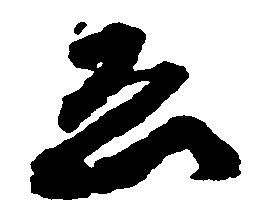
ゑ